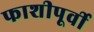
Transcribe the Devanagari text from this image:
फाशीपूर्वी